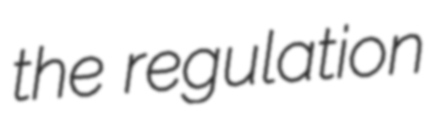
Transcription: the regulation